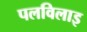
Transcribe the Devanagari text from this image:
पलविलाइ